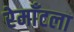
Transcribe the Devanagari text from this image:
रेमाँटला